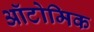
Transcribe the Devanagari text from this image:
ऑटोमिक